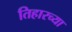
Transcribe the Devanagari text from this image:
तिहारच्या